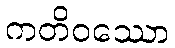
ကတိဝဿော